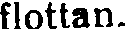
flottan.